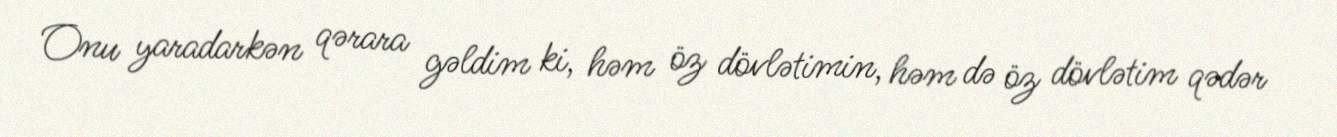
Onu yaradarkən qərara gəldim ki, həm öz dövlətimin, həm də öz dövlətim qədər